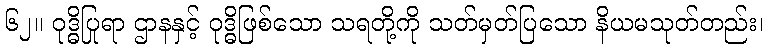
၆၂။ ဝုဒ္ဓိပြုရာ ဌာနနှင့် ဝုဒ္ဓိဖြစ်သော သရတို့ကို သတ်မှတ်ပြသော နိယမသုတ်တည်း၊